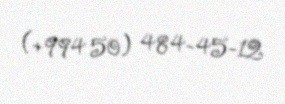
(+994 50) 484-45-12